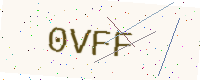
Text: 0VFF